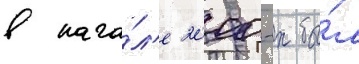
в нача́л'е 2000-х бы́л